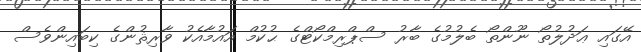
އޭގައި ޢަދުލުތޯ ނޫންތޯ ބެލުމުގެ ބާރު ސްޕްރިމްކޯޓްގެ ޙުކުމް އައުމާއެކު ވާރިޘުންގެ ކިބައިންވެސް